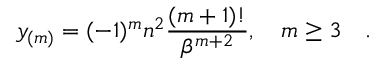
y _ { ( m ) } = ( - 1 ) ^ { m } n ^ { 2 } { \frac { ( m + 1 ) ! } { \beta ^ { m + 2 } } } , \quad m \ge 3 \quad .